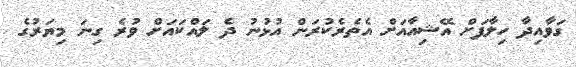
ގަވާއިދާ ހިލާފަށް އޭޝިއާއަށް އެތެރެކުރަން އުޅުނު ދެ ލައްކައަށް ވުރެ ގިނަ މިޔަރުގެ